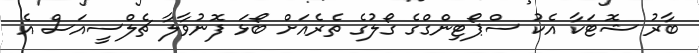
ބާރު ޝޮޓަކާ އެކު ސްޕޯޓިންގްގެ ގޯލުގެ ތެރެއަށް ބޯޅަ ފޮނުވާލާ ޗެލްސީއަސް އެ